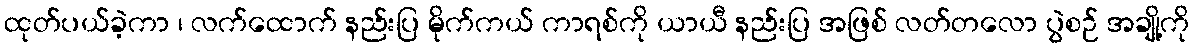
ထုတ်ပယ်ခဲ့ကာ ၊ လက်ထောက် နည်းပြ မိုက်ကယ် ကာရစ်ကို ယာယီ နည်းပြ အဖြစ် လတ်တလော ပွဲစဉ် အချို့ကို